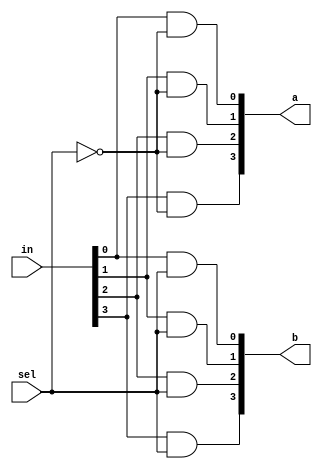
`timescale 1ns/1ps

module Dmux_1x2_4bit(in, a, b, sel);

input [4-1:0] in;
input sel;
output [4-1:0] a, b;
wire nsel;

not notsel(nsel, sel);
and anda1(a[0], in[0], nsel);
and anda2(a[1], in[1], nsel);
and anda3(a[2], in[2], nsel);
and anda4(a[3], in[3], nsel);

and andb1(b[0], in[0], sel);
and andb2(b[1], in[1], sel);
and andb3(b[2], in[2], sel);
and andb4(b[3], in[3], sel);

endmodule

module Mux_2x1_4bit(a, b, sel, f);
    input [4-1:0] a, b;
    input sel;
    output [4-1:0] f;

    wire not_sel;
    wire [4-1:0] newa, newb;
    not n1(not_sel, sel);
    and na1(newa[0], not_sel, a[0]);
    and na2(newa[1], not_sel, a[1]);
    and na3(newa[2], not_sel, a[2]);
    and na4(newa[3], not_sel, a[3]);
    and nb1(newb[0], sel, b[0]);
    and nb2(newb[1], sel, b[1]);
    and nb3(newb[2], sel, b[2]);
    and nb4(newb[3], sel, b[3]);
    or o1(f[0], newa[0], newb[0]);
    or o2(f[1], newa[1], newb[1]);
    or o3(f[2], newa[2], newb[2]);
    or o4(f[3], newa[3], newb[3]);

endmodule

module Crossbar_2x2_4bit(in1, in2, control, out1, out2);
input [4-1:0] in1, in2;
input control;
output [4-1:0] out1, out2;
wire [3:0] temp1, temp2, temp3, temp4;
wire ncontrol;

not notcontrol(ncontrol, control);
Dmux_1x2_4bit d1(.in(in1), .a(temp1), .b(temp2), .sel(control));
Dmux_1x2_4bit d2(.in(in2), .a(temp3), .b(temp4), .sel(ncontrol));

Mux_2x1_4bit m1(.a(temp1), .b(temp3), .sel(control), .f(out1));
Mux_2x1_4bit m2(.a(temp2), .b(temp4), .sel(ncontrol), .f(out2));

endmodule